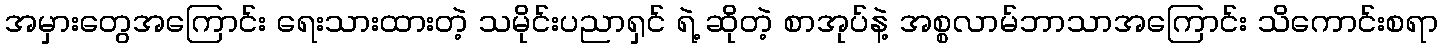
အမှားတွေအကြောင်း ရေးသားထားတဲ့ သမိုင်းပညာရှင် ရဲ့ ဆိုတဲ့ စာအုပ်နဲ့ အစ္စလာမ်ဘာသာအကြောင်း သိကောင်းစရာ